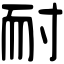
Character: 耐